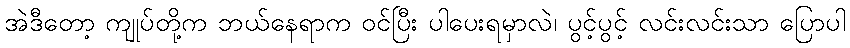
အဲဒီတော့ ကျုပ်တို့က ဘယ်နေရာက ဝင်ပြီး ပါပေးရမှာလဲ၊ ပွင့်ပွင့် လင်းလင်းသာ ပြောပါ